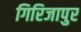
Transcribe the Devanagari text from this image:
गिरिजापुर